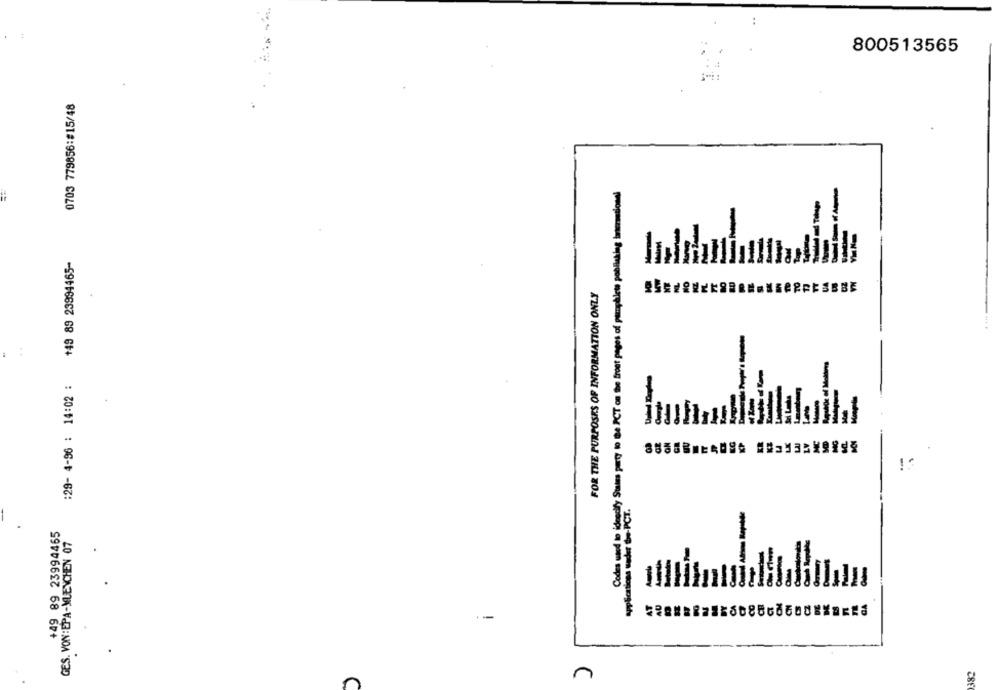
800513565
0703 779856:#15/48
Codes used in ideadly Sins party to Be PCT on the front pages of pamphlet poblicking international
+49 89 23994465-
FOR THE PURPOSES OF INFORMATION ONLY
:29- 4-96 : 14:02 :
+49 89 23994465
GES. VON: EPA-MUENCHEN 07
382
n